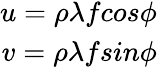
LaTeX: \begin{array}{r}{u=\rho\lambda fcos\phi}\\ {v=\rho\lambda fsin\phi}\end{array}